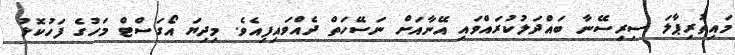
މައިތުރިޕާލަ ސިރިސޭނާ ބައްދަލުކުރައްވައި އޭނާއަށް ނަސޭހަތް ދެއްވައިފިއެވެ. މިދިޔަ އޯގަސްޓް މަހުގެ ފަހުކޮޅު